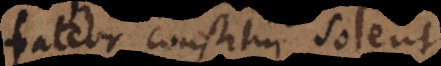
fateor constitui solent